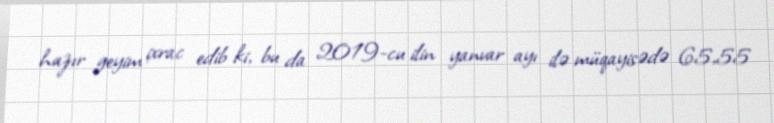
hazır geyim ixrac edib ki, bu da 2019-cu ilin yanvar ayı ilə müqayisədə 65,55